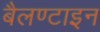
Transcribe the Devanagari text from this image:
बैलण्टाइन